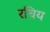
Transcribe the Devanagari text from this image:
रचिय